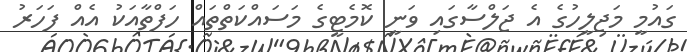
ގައުމީ މަޖިލީހުގެ އެ ޖަލްސާގައި ވަނީ ކޮމެޓީގެ މަސައްކަތްތައް ހަފްތާއަކު އެއް ފަހަރު